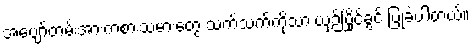
အပျော်တမ်းအားကစားသမားတွေ သက်သက်ကိုသာ ယှဉ်ပြိုင်ခွင့် ပြုခဲ့ပါတယ်။